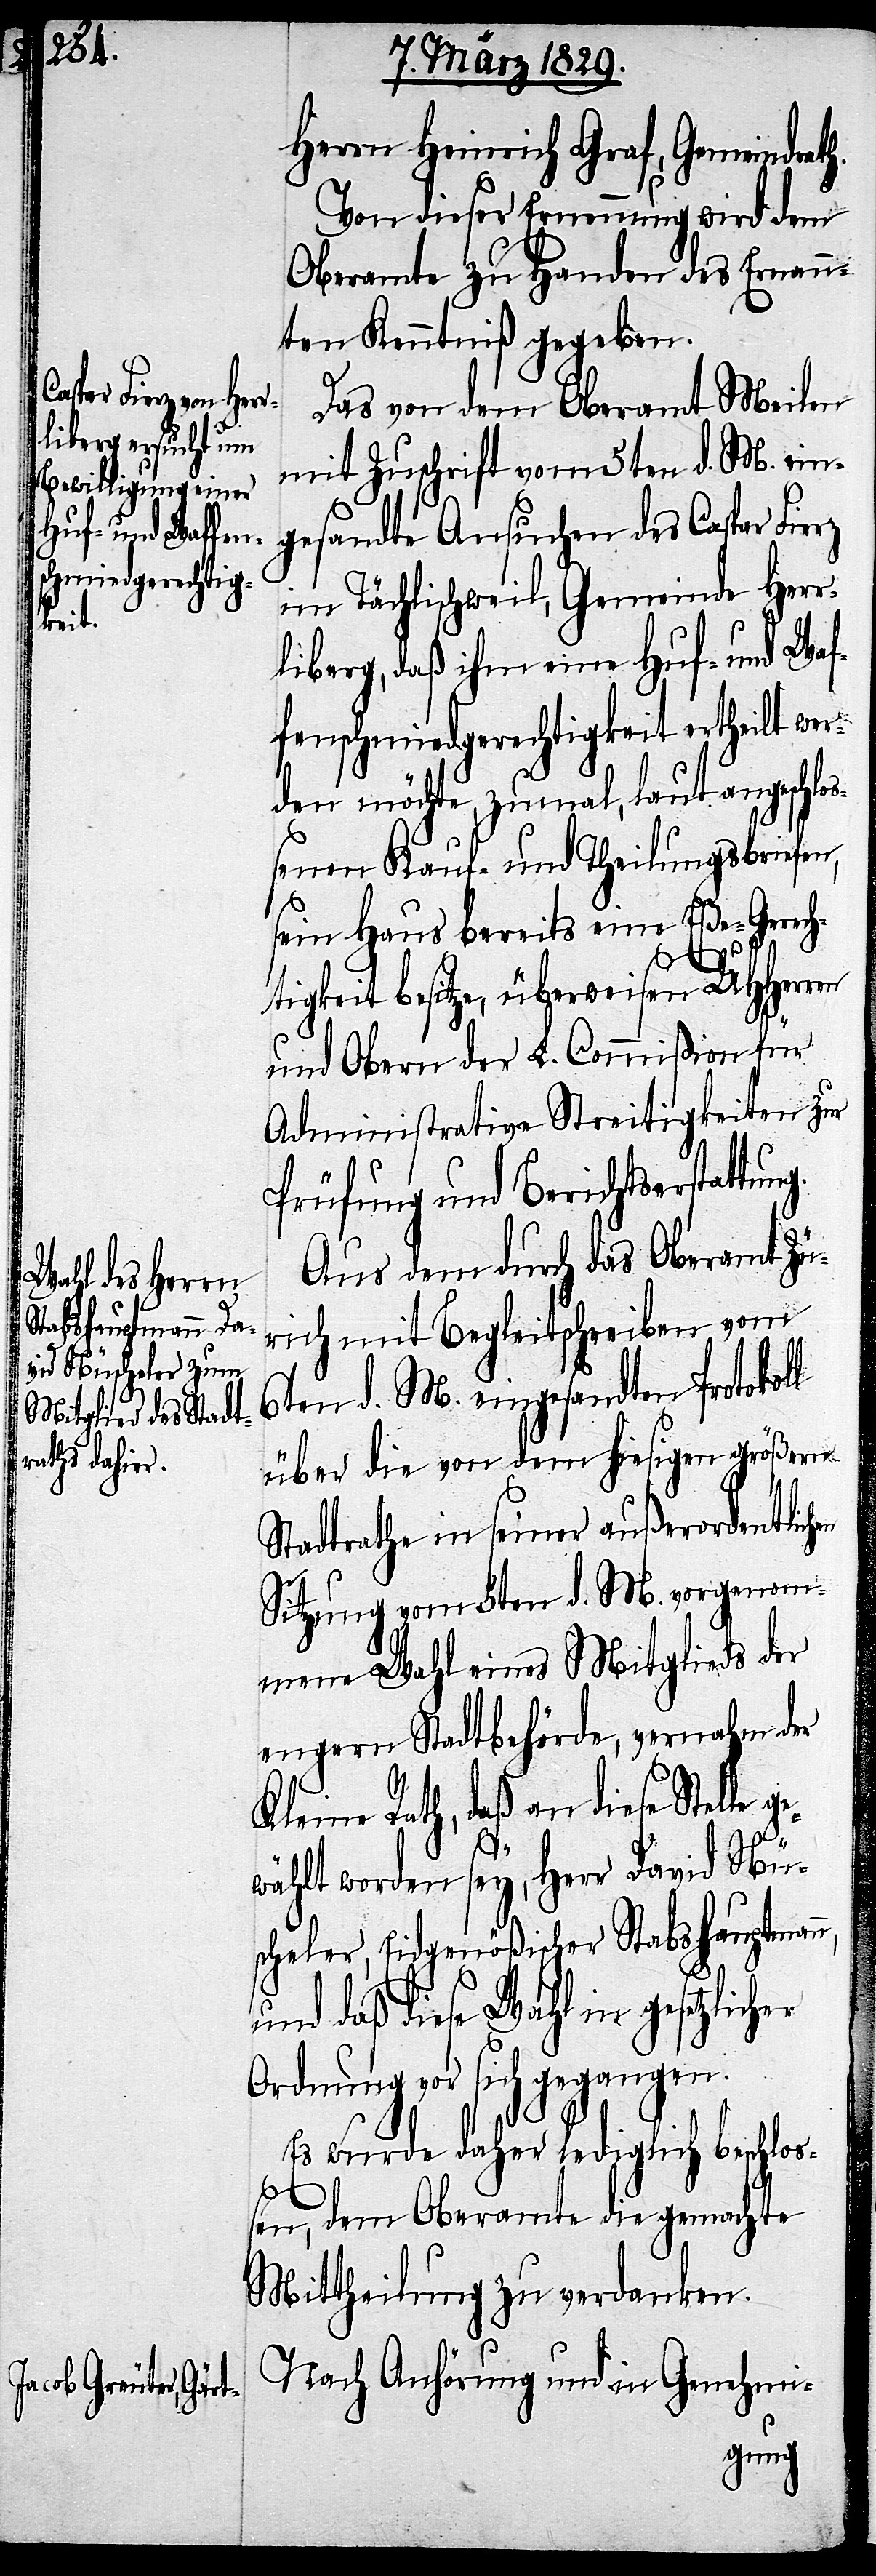
h.
her

Herrn Heinrich Graf, Gemeindrat¬
Von dieser Ernennung wird dem
Oberamte zu Handen des Ernann¬
ten Kenntniß gegeben.
Das von dem Oberamt Meilen
mit Zuschrift vom 5ten d. M. ein¬
gesandte Ansuchen des Caspar
im Tächlischweil, Gemeinde Herr¬
liberg, daß ihm eine Huf- und Waf¬
fenschmiedgerechtigkeit ertheilt wer¬
den möchte, zumahl, laut angeschlo¬
ßenen Kauf- und Theilungsbriefen,
sein Haus bereits eine Eße-Gerech¬
tigkeit besitze, überweisen UHHerren
und Obern der L. Commißion für
Administrative Streitigkeiten zur
Prüfung und Berichtserstat¬
Aus dem durch das Oberamt Zü¬
rich mit Begleitschreiben vom
6ten d. M. eingesandten Protokoll
über die von dem hiesigen größern
Stadtrathe in seiner außerordentlic¬
Sitzung vom 5ten d. M. vorgenomme¬
nen Wahl eines Mitglieds der
engern Stadtbehörde, vernahm der
Kleine Rath, daß an diese Stelle
gewählt worden sey, Herr David Nü¬
scheler, Eidgenößischer Stabshauptmann,
und daß diese Wahl in gesetzlic¬
Ordnung vor sich gegangen.
Es wurde daher lediglich beschloß¬
en, dem Oberamte die gemachte
Mittheilung zu verdanken.
Nach Anhörung und in Genehmi-
hen